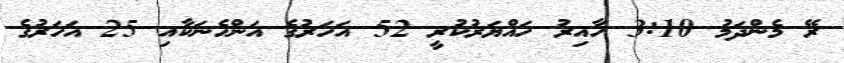
ރޭ މެންދަމު 3:10 ހާއިރު ހައްޔަރުކުރީ 52 އަހަރުގެ އަަންހެނަކާއި 25 އަހަރުގެ